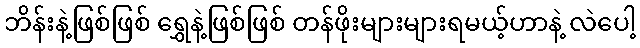
ဘိန်းနဲ့ဖြစ်ဖြစ် ရွှေနဲ့ဖြစ်ဖြစ် တန်ဖိုးများများရမယ့်ဟာနဲ့ လဲပေါ့